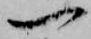
一